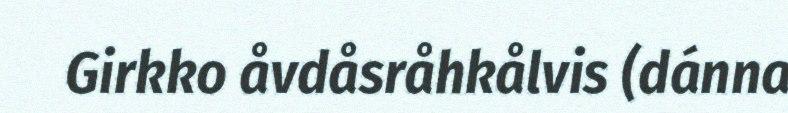
Girkko åvdåsråhkålvis (dánna